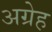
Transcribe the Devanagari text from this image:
अग्रेह